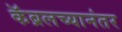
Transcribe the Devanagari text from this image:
कॅब्रलच्यानंतर